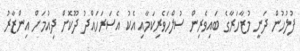
ފުލުހުން ދަނީ މުޒާހަރާގެ ބައިވެރިން ސުލްހަވެރިކަމާއި އެކު އެސަރަހައްދު ދޫކޮށް ދިއުމަށް އިންޒާރު